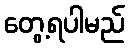
တွေ့ရပါမည်